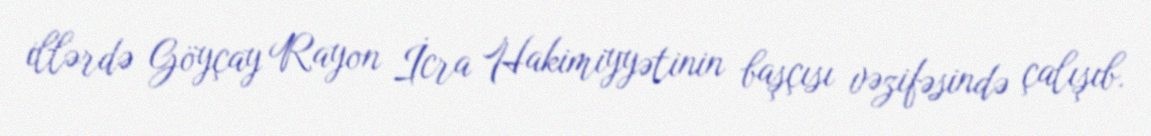
illərdə Göyçay Rayon İcra Hakimiyyətinin başçısı vəzifəsində çalışıb.